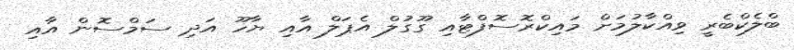
ބްލެކްބެރީ ވިއްކާލުމަށް މައިކްރޮސޮފްޓާއި ގޫގުލް އެޕަލް އާއި ޔާހޫ އަދި ސަމްސޮން އާއި